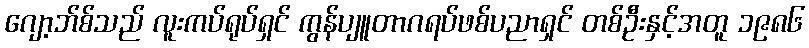
ဂျော့ဘ်စ်သည် လူးကပ်ရုပ်ရှင် ကွန်ပျူတာဂရပ်ဖစ်ပညာရှင် တစ်ဦးနှင့်အတူ ၁၉၈၆